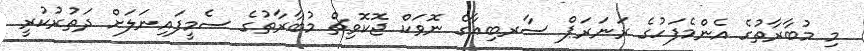
މި މުބާރާތުގެ އެންމެފަހުގެ ރަނަރަޕް ސާރބިއާގެ ނޮވަކް ޖޮކޮވިޗް މުބާރާތުގެ ސެމީފައިނަލަށް ދަތުރުކުރީ